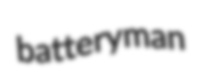
batteryman